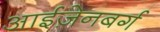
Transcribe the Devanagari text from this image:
आईज़ेनबर्ग